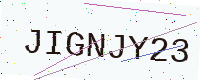
Text: JIGNJY23